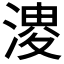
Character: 𭱬